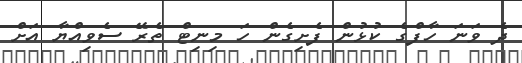
ދެ ވަނަ ހާފްގެ ކުޅުން ފެށިގެން ހަ މިނިޓް ތެރޭ ސެވިއްޔާ އަށް